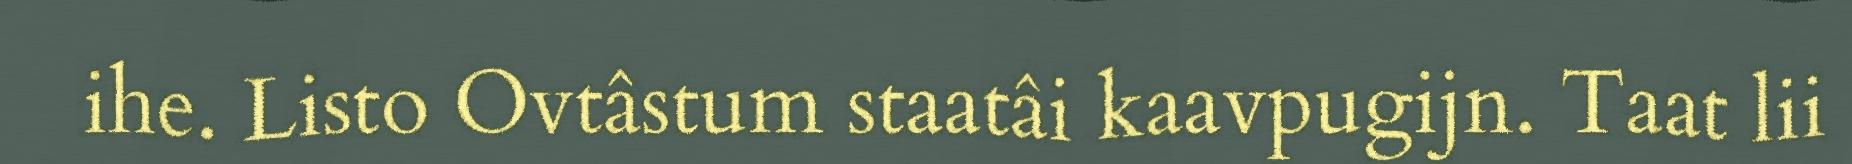
ihe. Listo Ovtâstum staatâi kaavpugijn. Taat lii